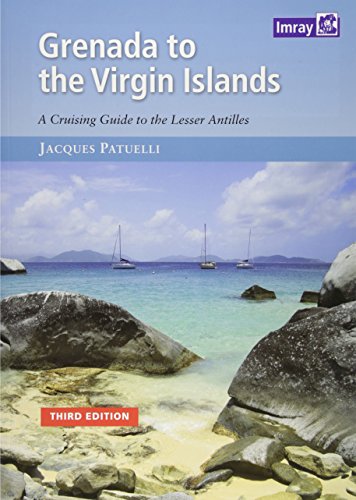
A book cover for Grenada to the Virgin Islands Pilot; Jacques Patuelli; Travel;